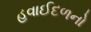
હવાઈદળનો